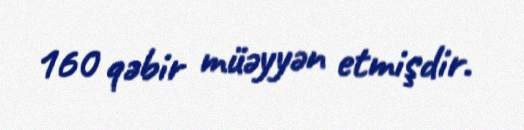
160 qəbir müəyyən etmişdir.